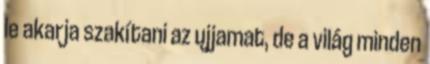
le akarja szakítani az ujjamat, de a világ minden